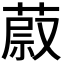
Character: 𦵥